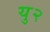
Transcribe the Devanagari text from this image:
यु२